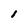
Character: 1